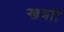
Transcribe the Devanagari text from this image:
खत्राी